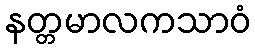
နတ္တမာလကသာဝံ